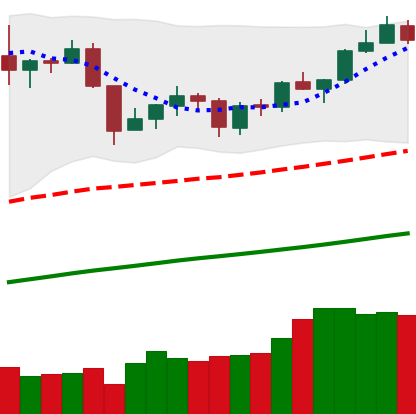
Ticker: XMR-USD
Chart end date: 2019-06-18
Forward return: 19.626%
Label: up_7plus